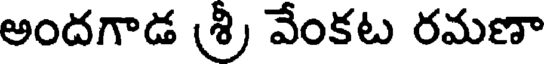
అందగాడ (శ్రీ వేంకట రమణా